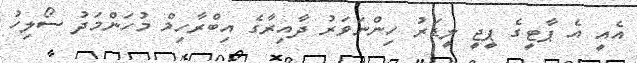
އެއީ އެ ޕާޓީގެ ޕީޖީ ލީޑަރު ހިންނަވަރު ދާއިރާގެ އިބްރާހިމް މުހަންމަދު ސޯލިހު